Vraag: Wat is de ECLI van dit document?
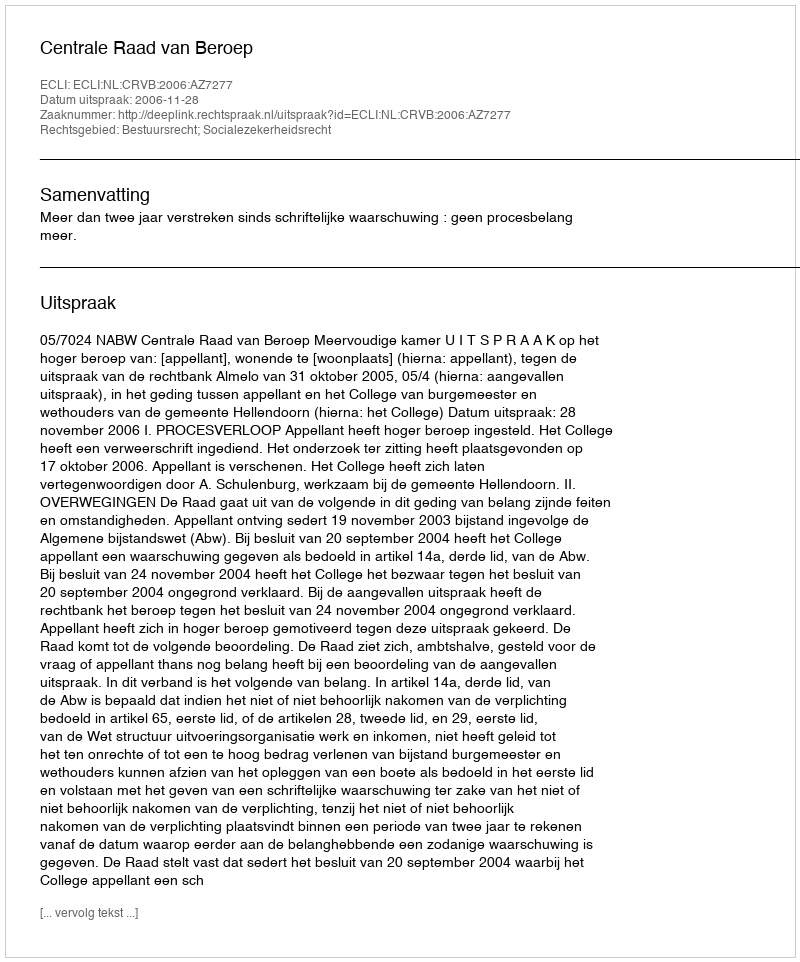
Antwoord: ECLI:NL:CRVB:2006:AZ7277